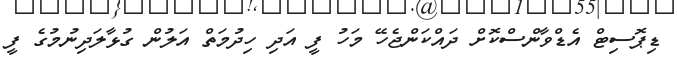
ޑިޕޮސިޓް އެޑްވާންސްކޮށް ދައްކަންޖެހޭ މަހު ފީ އަދި ހިދުމަތް އަލުން ގުޅާލަދިނުމުގެ ފީ